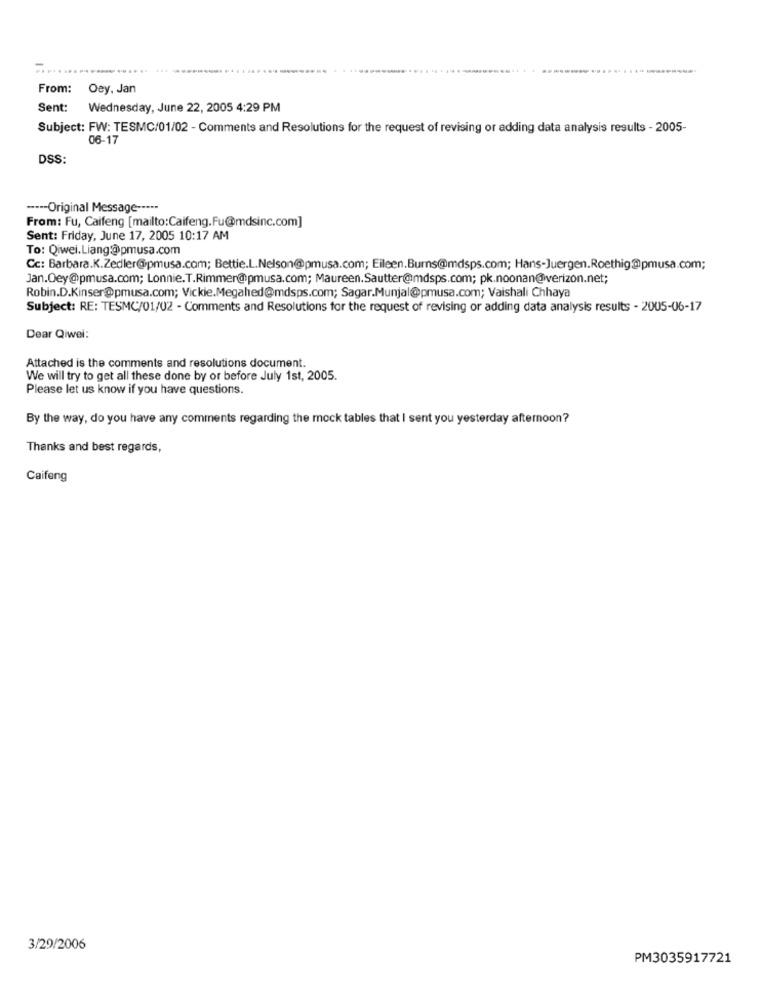
-
From: Oey. Jan
Sent: Wednesday, June 22, 2005 4:29 PM
Subject: FW: TESMC/01/02 - Comments and Resolutions for the request of revising or adding data analysis results - 2005-
06-17
DSS:
---- Original Message -----
From: Fu, Caifeng [mailto:Caifeng.Fu@mdsinc.com]
Sent: Friday, June 17, 2005 10:17 AM
To: Qiwei.Liang@pmusa.com
Cc: Barbara.K.Zedler@pmusa.com; Bettie.L.Nelson@pmusa.com; Eileen.Burns@mdsps.com; Hans-Juergen.Roethig@pmusa.com;
Jan.Oey@pmusa.com; Lonnie.T.Rimmer@pmusa.com; Maureen.Sautter@mdsps.com; pk.noonan@verizon.net;
Robin.D.Kinser@pmusa.com; Vickie.Megahed@mdsps.com; Sagar.Munjal@pmusa.com; Vaishali Chhaya
Subject: RE: TESMC/01/02 - Comments and Resolutions for the request of revising or adding data analysis results - 2005-06-17
Dear Qiwel:
Attached is the comments and resolutions document.
We will try to get all these done by or before July 1st, 2005.
Please let us know if you have questions.
By the way, do you have any comments regarding the mock tables that I sent you yesterday afternoon?
Thanks and best regards,
Caifeng
3/29/2006
PM3035917721